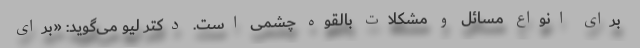
برای انواع مسائل و مشکلات بالقوه چشمی است. دکتر لیو می‌گوید: «برای